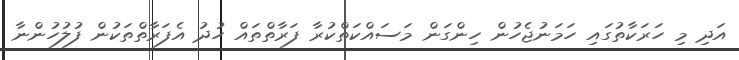
އަދި މި ހަރަކާތުގައި ހަމަނުޖެހުން ހިންގަން މަސައްކަތްކުރާ ފަރާތްތައް ހުދު އެފަރާތްތަކުން ފުލުހުންނާ